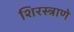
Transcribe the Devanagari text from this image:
शिरस्त्राणे